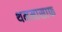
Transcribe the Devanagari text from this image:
थममासाफ